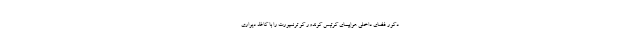
دکور فضای داخلی هواپیمای کرتیس کوندور کو ترنسپورت را با کاغذ دیواری